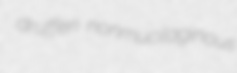
druffen nonmucilaginous